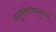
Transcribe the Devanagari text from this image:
मनुसंघायमुवनं